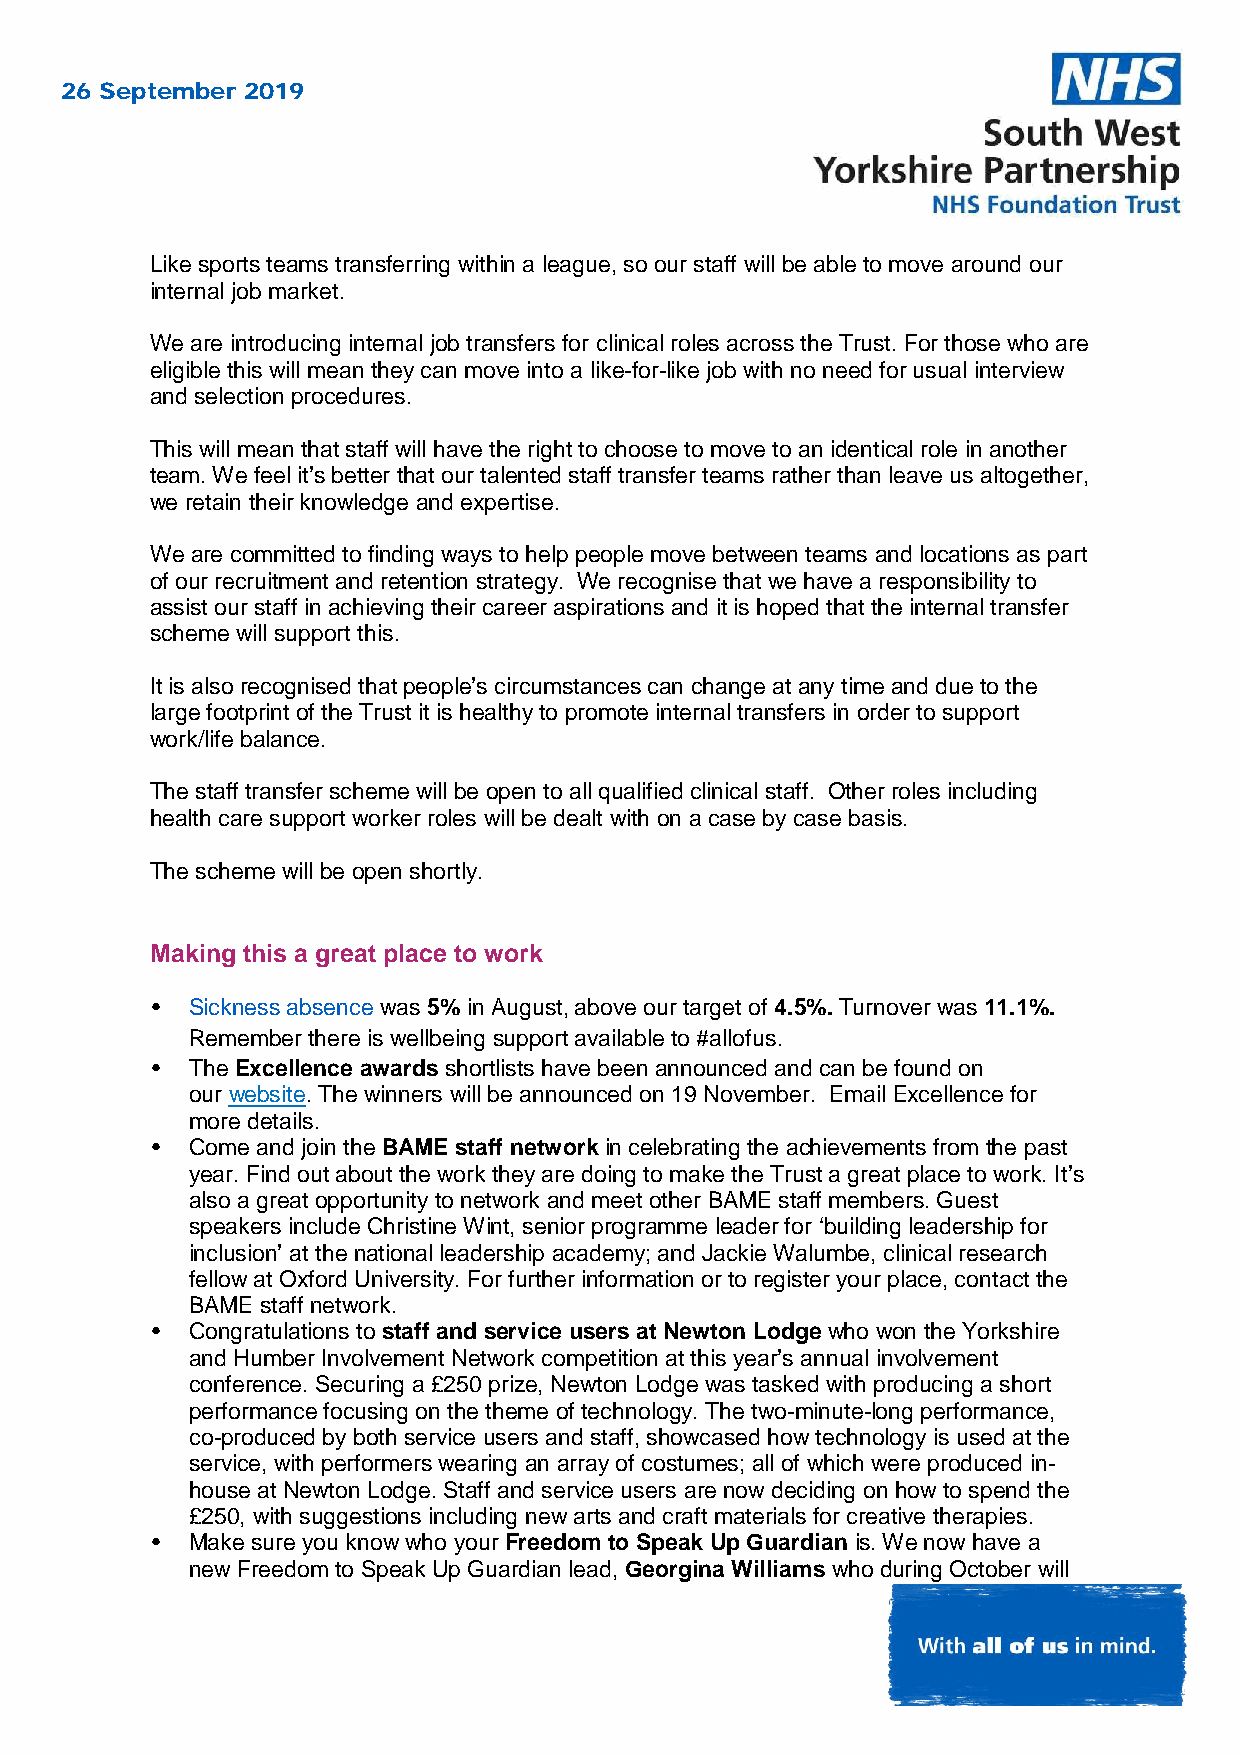
26 September 2019
 Like sports teams transferring within a league, so our staff will be able to move around our
 internal job market.
 We are introducing internal job transfers for clinical roles across the Trust. For those who are
 eligible this will mean they can move into a like-for-like job with no need for usual interview
 and selection procedures.
 This will mean that staff will have the right to choose to move to an identical role in another
 team. We feel it’s better that our talented staff transfer teams rather than leave us altogether,
 we retain their knowledge and expertise.
 We are committed to finding ways to help people move between teams and locations as part
 of our recruitment and retention strategy. We recognise that we have a responsibility to
 assist our staff in achieving their career aspirations and it is hoped that the internal transfer
 scheme will support this.
 It is also recognised that people’s circumstances can change at any time and due to the
 large footprint of the Trust it is healthy to promote internal transfers in order to support
 work/life balance.
 The staff transfer scheme will be open to all qualified clinical staff. Other roles including
 health care support worker roles will be dealt with on a case by case basis.
 The scheme will be open shortly.
 Making this a great place to work
 •  Sickness absence was 5% in August, above our target of 4.5%. Turnover was 11.1%.
 Remember there is wellbeing support available to #allofus.
 •  The Excellence awards shortlists have been announced and can be found on
 our website. The winners will be announced on 19 November. Email Excellence for
 more details.
 •  Come and join the BAME staff network in celebrating the achievements from the past
 year. Find out about the work they are doing to make the Trust a great place to work. It’s
 also a great opportunity to network and meet other BAME staff members. Guest
 speakers include Christine Wint, senior programme leader for ‘building leadership for
 inclusion’ at the national leadership academy; and Jackie Walumbe, clinical research
 fellow at Oxford University. For further information or to register your place, contact the
 BAME staff network.
 •  Congratulations to staff and service users at Newton Lodge who won the Yorkshire
 and Humber Involvement Network competition at this year’s annual involvement
 conference. Securing a £250 prize, Newton Lodge was tasked with producing a short
 performance focusing on the theme of technology. The two-minute-long performance,
 co-produced by both service users and staff, showcased how technology is used at the
 service, with performers wearing an array of costumes; all of which were produced in-
 house at Newton Lodge. Staff and service users are now deciding on how to spend the
 £250, with suggestions including new arts and craft materials for creative therapies.
 •  Make sure you know who your Freedom to Speak Up Guardian is. We now have a
 new Freedom to Speak Up Guardian lead, Georgina Williams who during October will